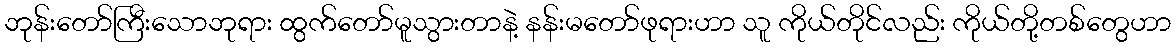
ဘုန်းတော်ကြီးသောဘုရား ထွက်တော်မူသွားတာနဲ့ နန်းမတော်ဖုရားဟာ သူ ကိုယ်တိုင်လည်း ကိုယ်တို့တစ်တွေဟာ